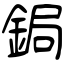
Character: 鋦